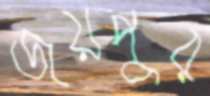
জয়পুর